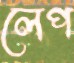
লেপ